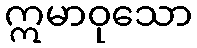
ဣမာဝုသော